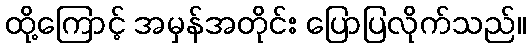
ထို့ကြောင့် အမှန်အတိုင်း ပြောပြလိုက်သည်။